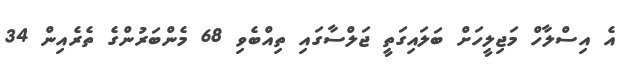
އެ އިސްލާހް މަޖިލީހަށް ބަލައިގަތީ ޖަލްސާގައި ތިއްބެވި 68 މެންބަރުންގެ ތެރެއިން 34